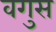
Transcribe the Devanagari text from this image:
वगुस